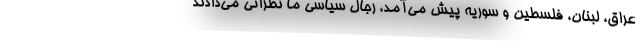
عراق، لبنان، فلسطین و سوریه پیش می‌آمد، رجال سیاسی ما نظراتی می‌‌دادند